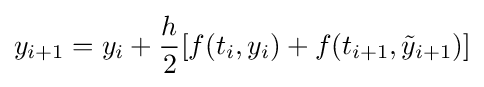
y_{i+1}=y_{i}+{\frac {h}{2}}[f(t_{i},y_{i})+f(t_{i+1},{\tilde {y}}_{i+1})]